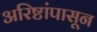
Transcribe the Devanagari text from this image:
अरिष्टांपासून